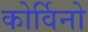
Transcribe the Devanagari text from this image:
कोर्विनो